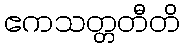
ဧကသတ္တတီတိ